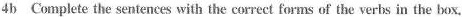
4b Complete the sentences with the correet forms of the verbs in the box.